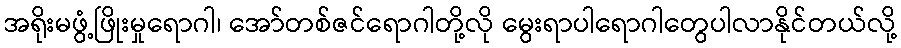
အရိုးမဖွံ့ဖြိုးမှုရောဂါ၊ အော်တစ်ဇင်ရောဂါတို့လို မွေးရာပါရောဂါတွေပါလာနိုင်တယ်လို့